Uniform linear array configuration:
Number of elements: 16
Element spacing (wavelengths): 1
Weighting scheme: hann
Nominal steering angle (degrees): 45
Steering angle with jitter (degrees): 45.102
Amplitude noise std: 0.05
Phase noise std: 0.05

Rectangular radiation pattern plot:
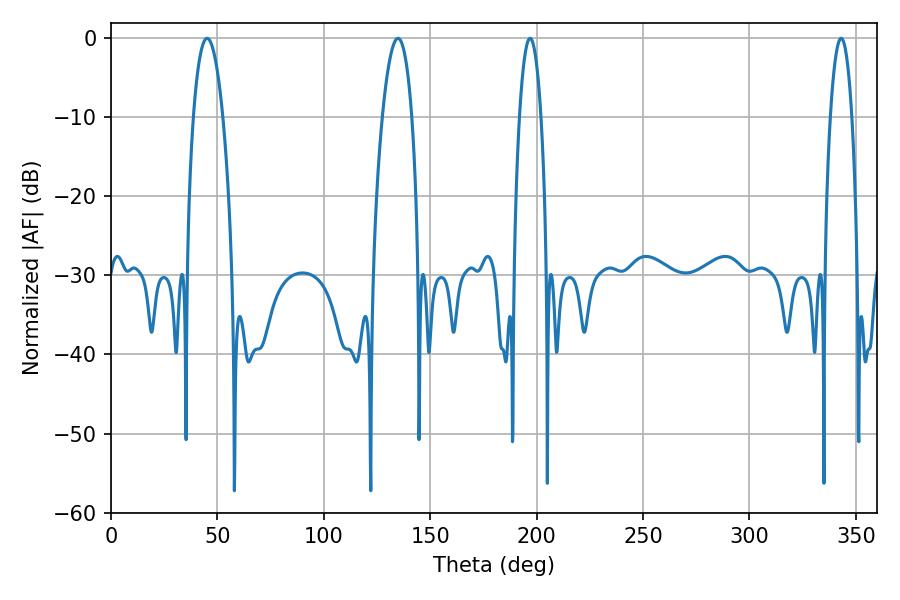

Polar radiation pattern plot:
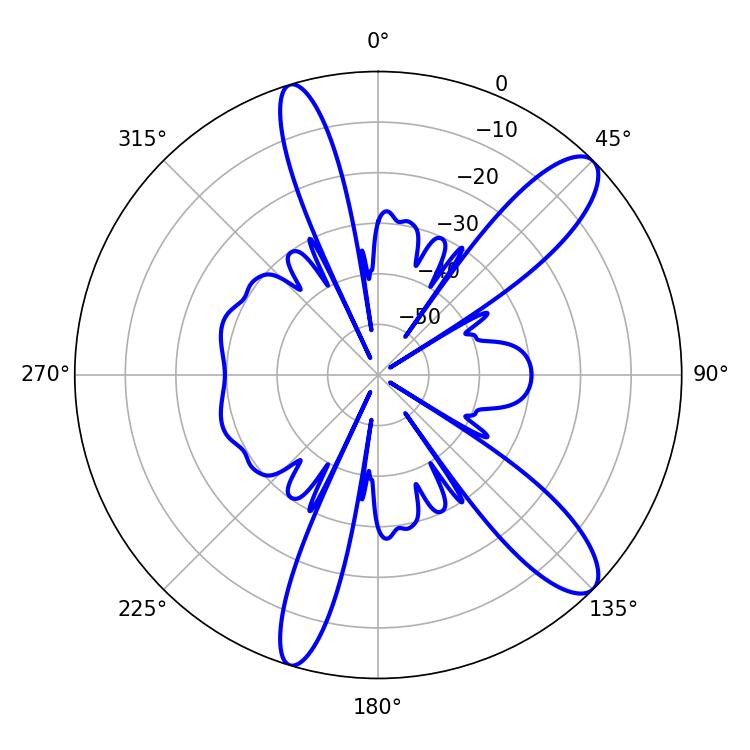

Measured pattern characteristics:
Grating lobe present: TRUE
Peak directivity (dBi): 11.49
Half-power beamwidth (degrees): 5.76
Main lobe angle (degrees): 196.92